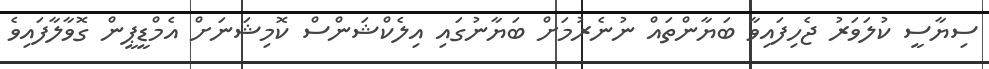
ސިޔާސީ ކުލަވަރު ޖެހިފައިވާ ބަޔާންތައް ނުނެރުމަށް ބަޔާނުގައި އިލެކްޝަންސް ކޮމިޝަނަށް އެމްޑީޕީން ގޮވާލާފައިވެ